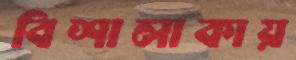
বিশালাকায়